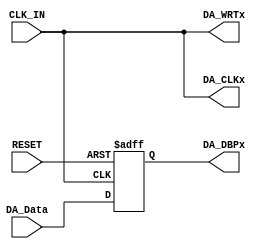
`timescale 1ns / 1ps
//////////////////////////////////////////////////////////////////////////////////
// Company: 
// Engineer: 
// 
// Design Name: 
// Module Name: AD9709_Data
// Project Name: 
// Target Devices: 
// Tool Versions: 
// Description: 
// 
// Dependencies: 
// 
// Revision:
// Revision 0.01 - File Created
// Additional Comments:
// 
//////////////////////////////////////////////////////////////////////////////////


module AD9709_Data(
    input CLK_IN,
    input RESET,
    input [7:0]DA_Data,
    
    output DA_CLKx,
    output DA_WRTx,
    output [7:0]DA_DBPx
);

reg [7:0]DA_Data_BUF;

always@(posedge CLK_IN or negedge RESET)
begin
    if(!RESET)
        DA_Data_BUF <= 8'b0;
    else
        DA_Data_BUF <= DA_Data;
end

assign DA_DBPx = DA_Data_BUF;
assign DA_CLKx = CLK_IN;
assign DA_WRTx = CLK_IN;

endmodule